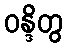
ဝန္ဒိတွ